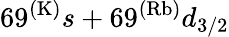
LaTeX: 69^{(\mathrm{K)}}s+69^{(\mathrm{Rb)}}d_{3/2}